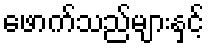
ဖောက်သည်များနှင့်